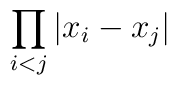
\displaystyle{ \prod_{i<j} |x_{i} - x_{j} | }